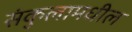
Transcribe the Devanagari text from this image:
संकुलामधील